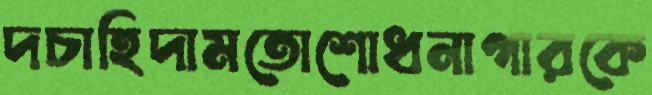
দচাহিদামতোশোধনাগারকে